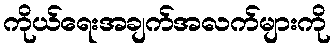
ကိုယ်ရေးအချက်အလက်များကို